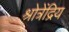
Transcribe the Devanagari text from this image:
श्रोत्रेंद्रिय